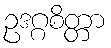
ဥဒဂ္ဂစိတ္တာ